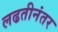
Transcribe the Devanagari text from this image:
लढतीनंतर